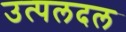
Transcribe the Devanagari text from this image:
उत्पलदल